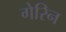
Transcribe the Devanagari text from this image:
गेरिन